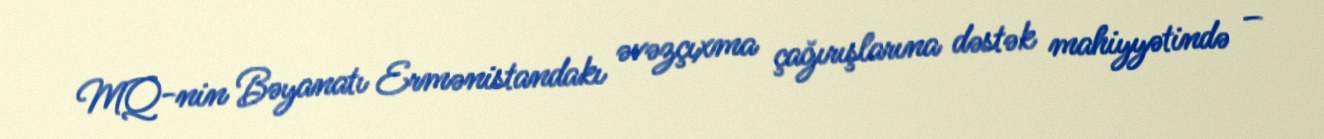
MQ-nin Bəyanatı Ermənistandakı əvəzçıxma çağırışlarına dəstək mahiyyətində –